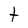
Character: t